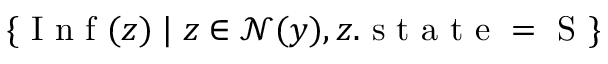
\{ \mathrm { ~ I ~ n ~ f ~ } ( z ) \; | \; z \in \mathcal { N } ( y ) , z . \mathrm { ~ s ~ t ~ a ~ t ~ e ~ = ~ S ~ } \}